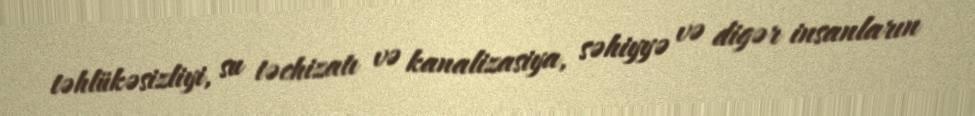
təhlükəsizliyi, su təchizatı və kanalizasiya, səhiyyə və digər insanların